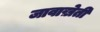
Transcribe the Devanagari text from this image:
जावाख़ेती